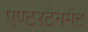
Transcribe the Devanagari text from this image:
एण्टरटेनमेंट